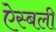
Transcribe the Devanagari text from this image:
ऐस्बली